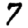
Digit: 7